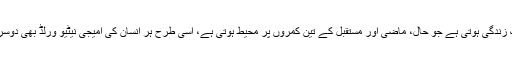
جس طرح ہر انسان کی الگ ایک زندگی ہوتی ہے جو حال، ماضی اور مستقبل کے تین کمروں پر محیط ہوتی ہے، اسی طرح ہر انسان کی امیجی نیٹیو ورلڈ بھی دوسرے لوگوں سے مختلف ہوتی ہے۔